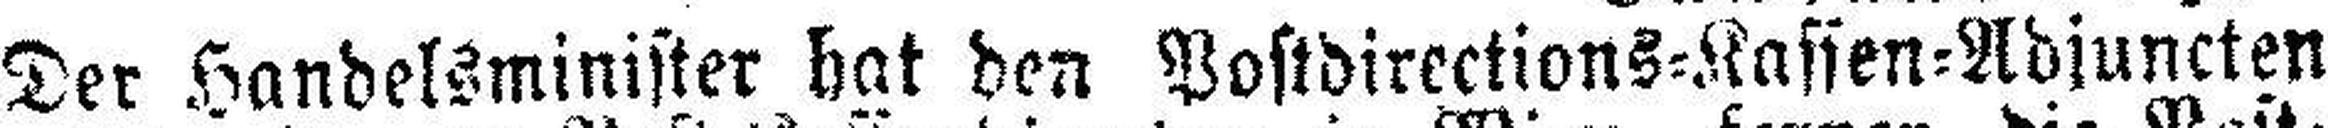
Der Handelsminister hat den Postdirections=Kassfen=Adjuncten